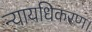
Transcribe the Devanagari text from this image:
न्यायधिकरण।